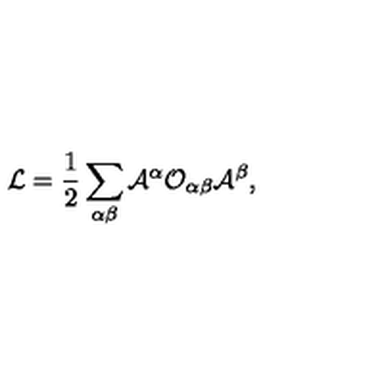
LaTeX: { \cal L } = \frac { 1 } { 2 } \sum _ { \alpha \beta } { \cal A } ^ { \alpha } { \cal O } _ { \alpha \beta } { \cal A } ^ { \beta } ,